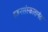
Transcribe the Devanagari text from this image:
दहनसंस्कारानंतर